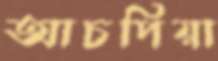
আচপিয়া